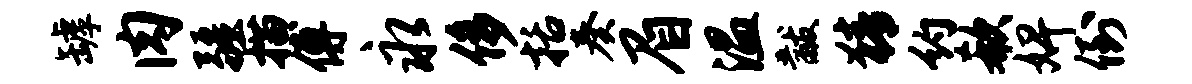
罅肉疆描傅永侈括奏眉温黻猜约欷婢倒